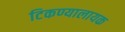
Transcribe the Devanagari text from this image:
टिकण्यालायक